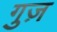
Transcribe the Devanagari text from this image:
गुज़